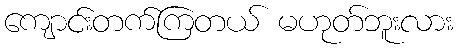
ကျောင်းတက်ကြတယ် မဟုတ်ဘူးလား